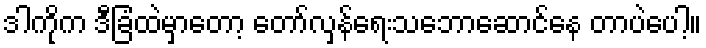
ဒါကိုက ဒီခြံထဲမှာတော့ တော်လှန်ရေးသဘောဆောင်နေ တာပဲပေါ့။